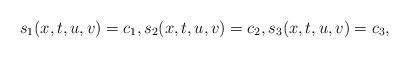
LaTeX: \begin{align*} s_1(x,t,u,v)=c_1, s_2(x,t,u,v)=c_2, s_3(x,t,u,v)=c_3, \end{align*}